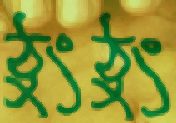
ঠুংঠুং